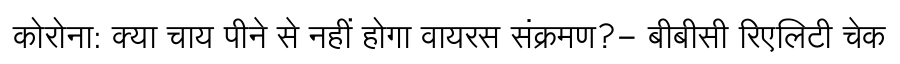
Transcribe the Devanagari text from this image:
कोरोना: क्या चाय पीने से नहीं होगा वायरस संक्रमण?- बीबीसी रिएलिटी चेक